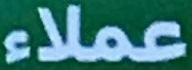
عملاء